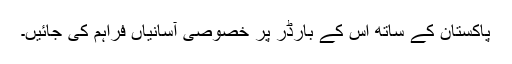
پاکستان کے ساتھ اس کے بارڈر پر خصوصی آسانیاں فراہم کی جائیں۔